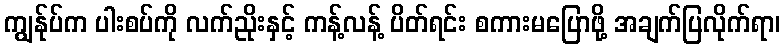
ကျွန်ုပ်က ပါးစပ်ကို လက်ညိုးနှင့် ကန့်လန့် ပိတ်ရင်း စကားမပြောဖို့ အချက်ပြလိုက်ရာ၊